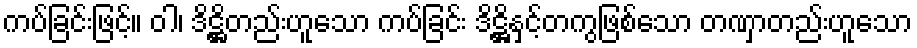
ကပ်ခြင်းဖြင့်။ ဝါ၊ ဒိဋ္ဌိတည်းဟူသော ကပ်ခြင်း ဒိဋ္ဌိနှင့်တကွဖြစ်သော တဏှာတည်းဟူသော